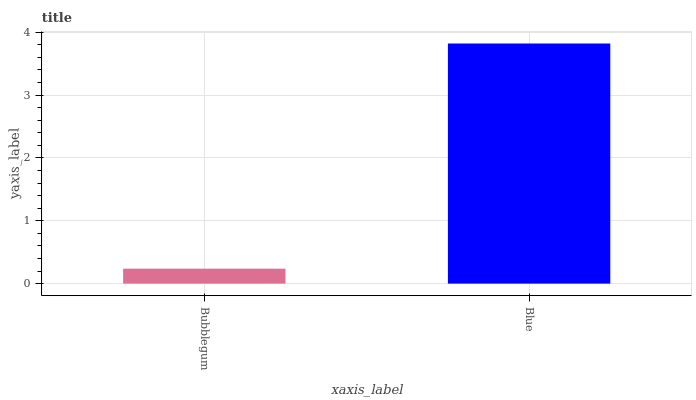
| xaxis_label | bars |
 | --- | --- |
 | Bubblegum | 0.238 |
 | Blue | 3.82 |